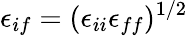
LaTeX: \epsilon_{if}=(\epsilon_{ii}\epsilon_{ff})^{1/2}